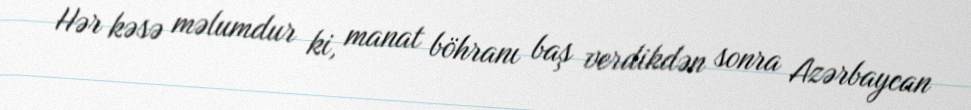
Hər kəsə məlumdur ki, manat böhranı baş verdikdən sonra Azərbaycan